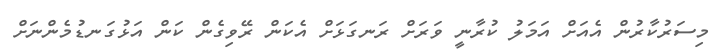
މިސަރުކާރުން އެއަށް އަމަލު ކުރާނީ ވަރަށް ރަނގަޅަށް އެކަން ރޭވިގެން ކަން އަޅުގަނޑުމެންނަށް